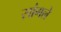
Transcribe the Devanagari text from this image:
सांगले